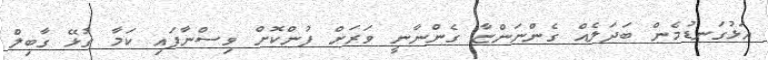
އަޅުގަނޑުމެން ބަދަލެއް ގެންނަންޏާ ގެންނާނީ ވަރަށް ފުންކޮށް ވިސްނާފައި ކަމާ ގުޅޭ ގާބިލް